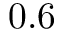
0 . 6